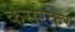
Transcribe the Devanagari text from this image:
कसरेकर